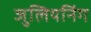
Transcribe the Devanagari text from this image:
जुलियनिंग